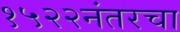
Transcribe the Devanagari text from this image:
१५२२नंतरचा